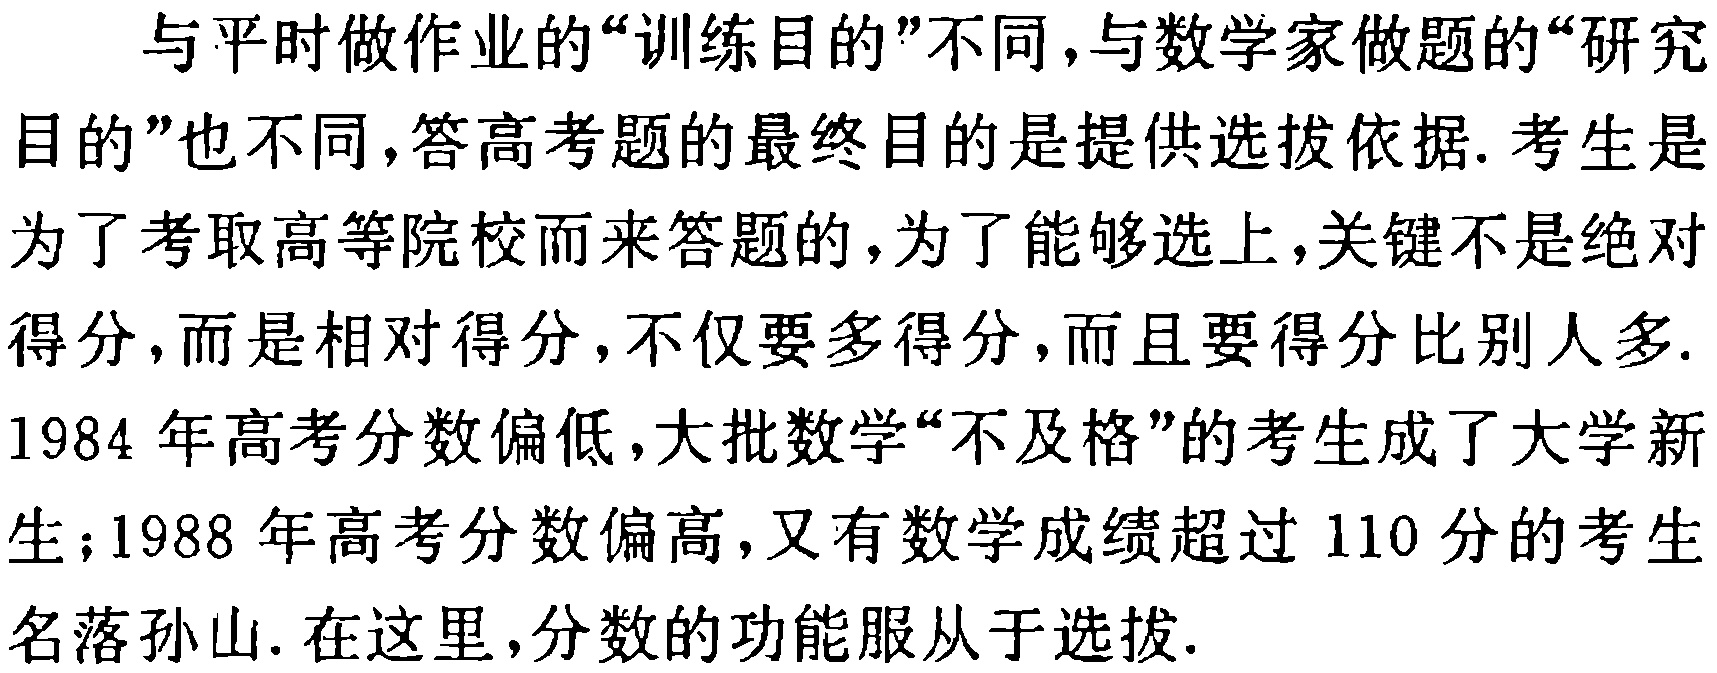
与平时做作业的“训练目的”不同，与数学家做题的“研究目的”也不同，答高考题的最终目的是提供选拔依据. 考生是为了考取高等院校而来答题的，为了能够选上，关键不是绝对得分，而是相对得分，不仅要多得分，而且要得分比别人多. 1984 年高考分数偏低，大批数学“不及格”的考生成了大学新生；1988 年高考分数偏高，又有数学成绩超过 110 分的考生名落孙山. 在这里，分数的功能服从于选拔.